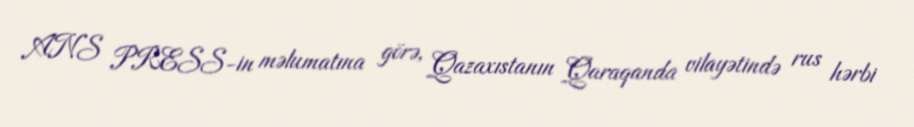
ANS PRESS-in məlumatına görə, Qazaxıstanın Qaraqanda vilayətində rus hərbi